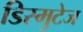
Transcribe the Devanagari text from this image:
डिस्मुटेज